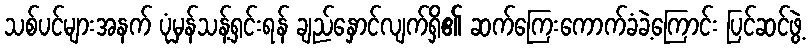
သစ်ပင်များအနက် ပုံမှန်သန့်ရှင်းရန် ချည်နှောင်လျက်ရှိ၏ ဆက်ကြေးကောက်ခံခဲ့ကြောင်း ပြင်ဆင်ဖွဲ့